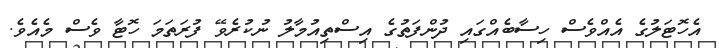
އެހޮޓަލުގެ އެއްވެސް ހިސާބެއްގައި ދުންފަތުގެ އިސްތިއުމާލު ނުކުރެވޭ ފުރަތަމަ ހޮޓާ ވެސް މެއެވެ.